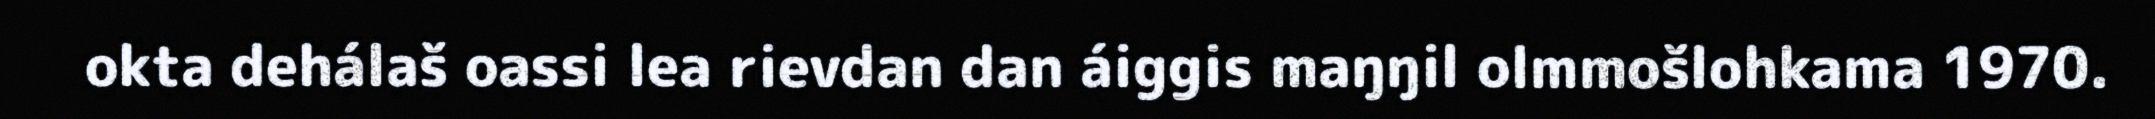
okta dehálaš oassi lea rievdan dan áiggis maŋŋil olmmošlohkama 1970.